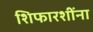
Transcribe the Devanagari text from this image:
शिफारशींना